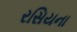
રસિયના